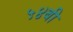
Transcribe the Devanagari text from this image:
५४बी